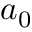
a _ { 0 }